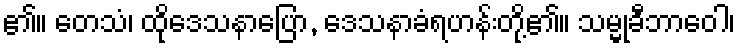
၏။ တေသံ၊ ထိုဒေသနာပြော, ဒေသနာခံရဟန်းတို့၏။ သမ္မုခီဘာဝေါ၊